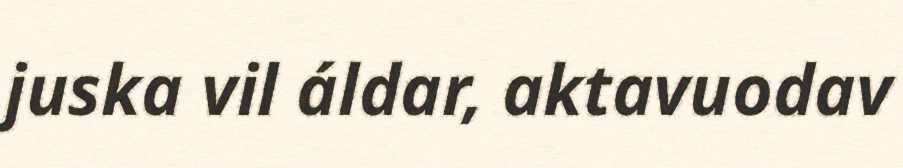
juska vil áldar, aktavuodav